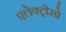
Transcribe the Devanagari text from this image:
एलेक्ट्रोस्प्रे